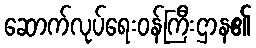
ဆောက်လုပ်ရေးဝန်ကြီးဌာန၏